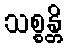
သစ္စန္တိ